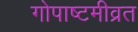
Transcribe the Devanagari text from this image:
गोपाष्टमीव्रत